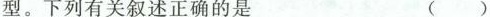
型。下列有关叙述正确的是 ()